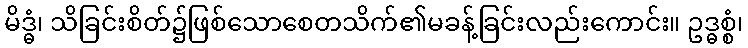
မိဒ္ဓံ၊ သိခြင်းစိတ်၌ဖြစ်သောစေတသိက်၏မခန့်ခြင်းလည်းကောင်း။ ဥဒ္ဓစ္စံ၊